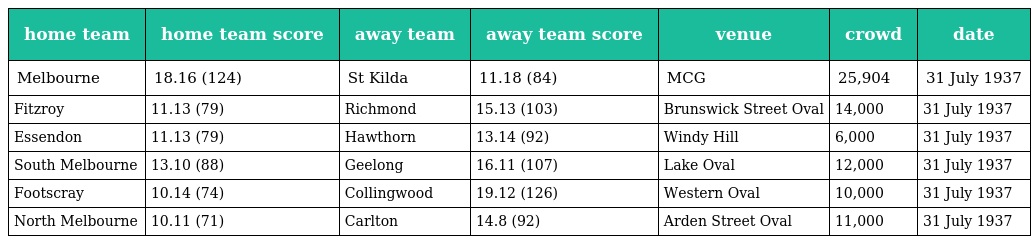
| home team | home team score | away team | away team score | venue | crowd | date |
 | --- | --- | --- | --- | --- | --- | --- |
 | Melbourne | 18.16 (124) | St Kilda | 11.18 (84) | MCG | 25,904 | 31 July 1937 |
 | Fitzroy | 11.13 (79) | Richmond | 15.13 (103) | Brunswick Street Oval | 14,000 | 31 July 1937 |
 | Essendon | 11.13 (79) | Hawthorn | 13.14 (92) | Windy Hill | 6,000 | 31 July 1937 |
 | South Melbourne | 13.10 (88) | Geelong | 16.11 (107) | Lake Oval | 12,000 | 31 July 1937 |
 | Footscray | 10.14 (74) | Collingwood | 19.12 (126) | Western Oval | 10,000 | 31 July 1937 |
 | North Melbourne | 10.11 (71) | Carlton | 14.8 (92) | Arden Street Oval | 11,000 | 31 July 1937 |